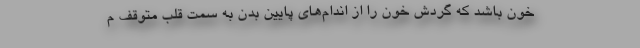
خون باشد که گردش خون را از اندام‌های پایین بدن به سمت قلب متوقف م